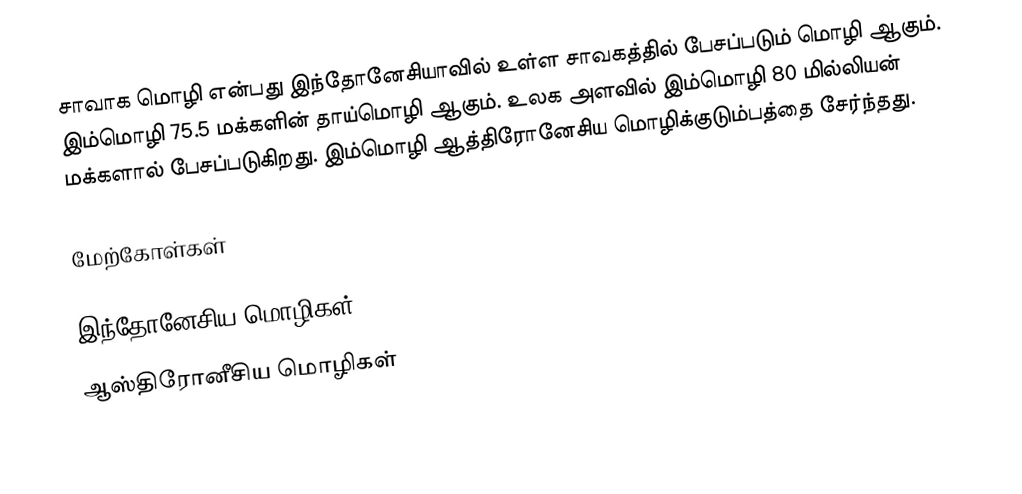
சாவாக மொழி என்பது இந்தோனேசியாவில் உள்ள சாவகத்தில் பேசப்படும் மொழி ஆகும். இம்மொழி 75.5 மக்களின் தாய்மொழி ஆகும். உலக அளவில் இம்மொழி 80 மில்லியன் மக்களால் பேசப்படுகிறது. இம்மொழி ஆத்திரோனேசிய மொழிக்குடும்பத்தை சேர்ந்தது.

மேற்கோள்கள்

இந்தோனேசிய மொழிகள்
ஆஸ்திரோனீசிய மொழிகள்